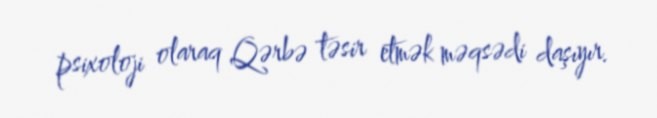
psixoloji olaraq Qərbə təsir etmək məqsədi daşıyır.